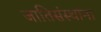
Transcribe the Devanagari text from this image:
जातिसंस्थांना